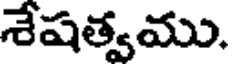
శేషత్వము.